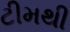
ટીમથી